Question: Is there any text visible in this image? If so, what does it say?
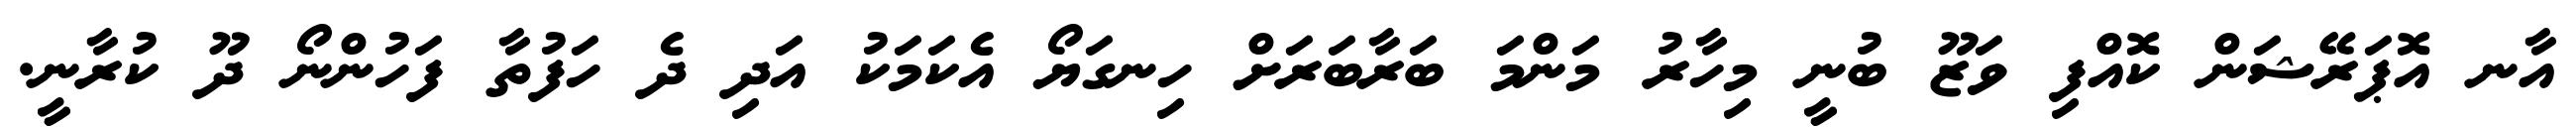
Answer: އާނ އޮޕަރޭޝަން ކޮއްފި ވަޒޫ ބުނީ މިހާރު މަންމަ ބަރާބަރަށް ހިނގަޔޯ އެކަމަކު އަދި ދެ ހަފުތާ ފަހުންނޯ ދޫ ކުރާނީ.